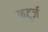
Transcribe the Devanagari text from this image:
कर्ट्ज़